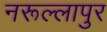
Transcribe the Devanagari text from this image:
नरूल्लापुर